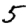
Digit: 5